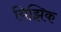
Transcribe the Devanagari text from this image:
यिझिक